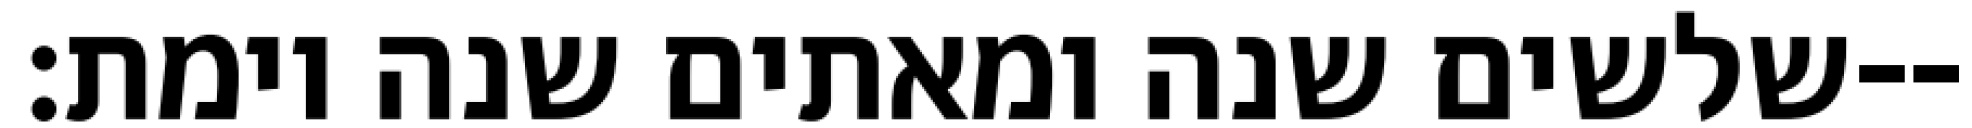
שלשים שנה ומאתים שנה וימת׃--